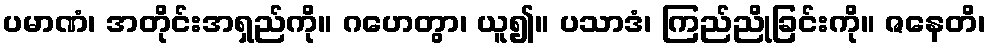
ပမာဏံ၊ အတိုင်းအရှည်ကို။ ဂဟေတွာ၊ ယူ၍။ ပသာဒံ၊ ကြည်ညိုခြင်းကို။ ဇနေတိ၊